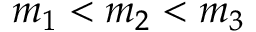
m _ { 1 } < m _ { 2 } < m _ { 3 }